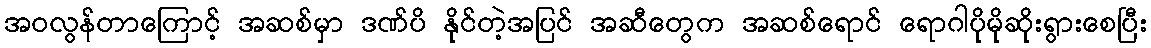
အဝလွန်တာကြောင့် အဆစ်မှာ ဒဏ်ပိ နိုင်တဲ့အပြင် အဆီတွေက အဆစ်ရောင် ရောဂါပိုမိုဆိုးရွားစေပြီး